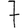
Digit: 7